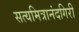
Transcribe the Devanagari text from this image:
सत्यमित्रानंदगिरी